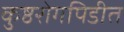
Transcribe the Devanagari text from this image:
कुष्ठरोगपिडीत